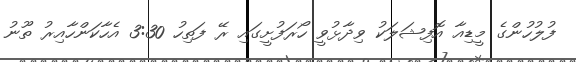
ފުލުހުންގެ މީޑިއާ އޮފިޝަލަކު ވިދާޅުވީ ހޯރަފުށީގައި ރޭ ފަތިހު 3:30 އެހާކަންހާއިރު ތޫނު